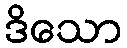
ဒိသော